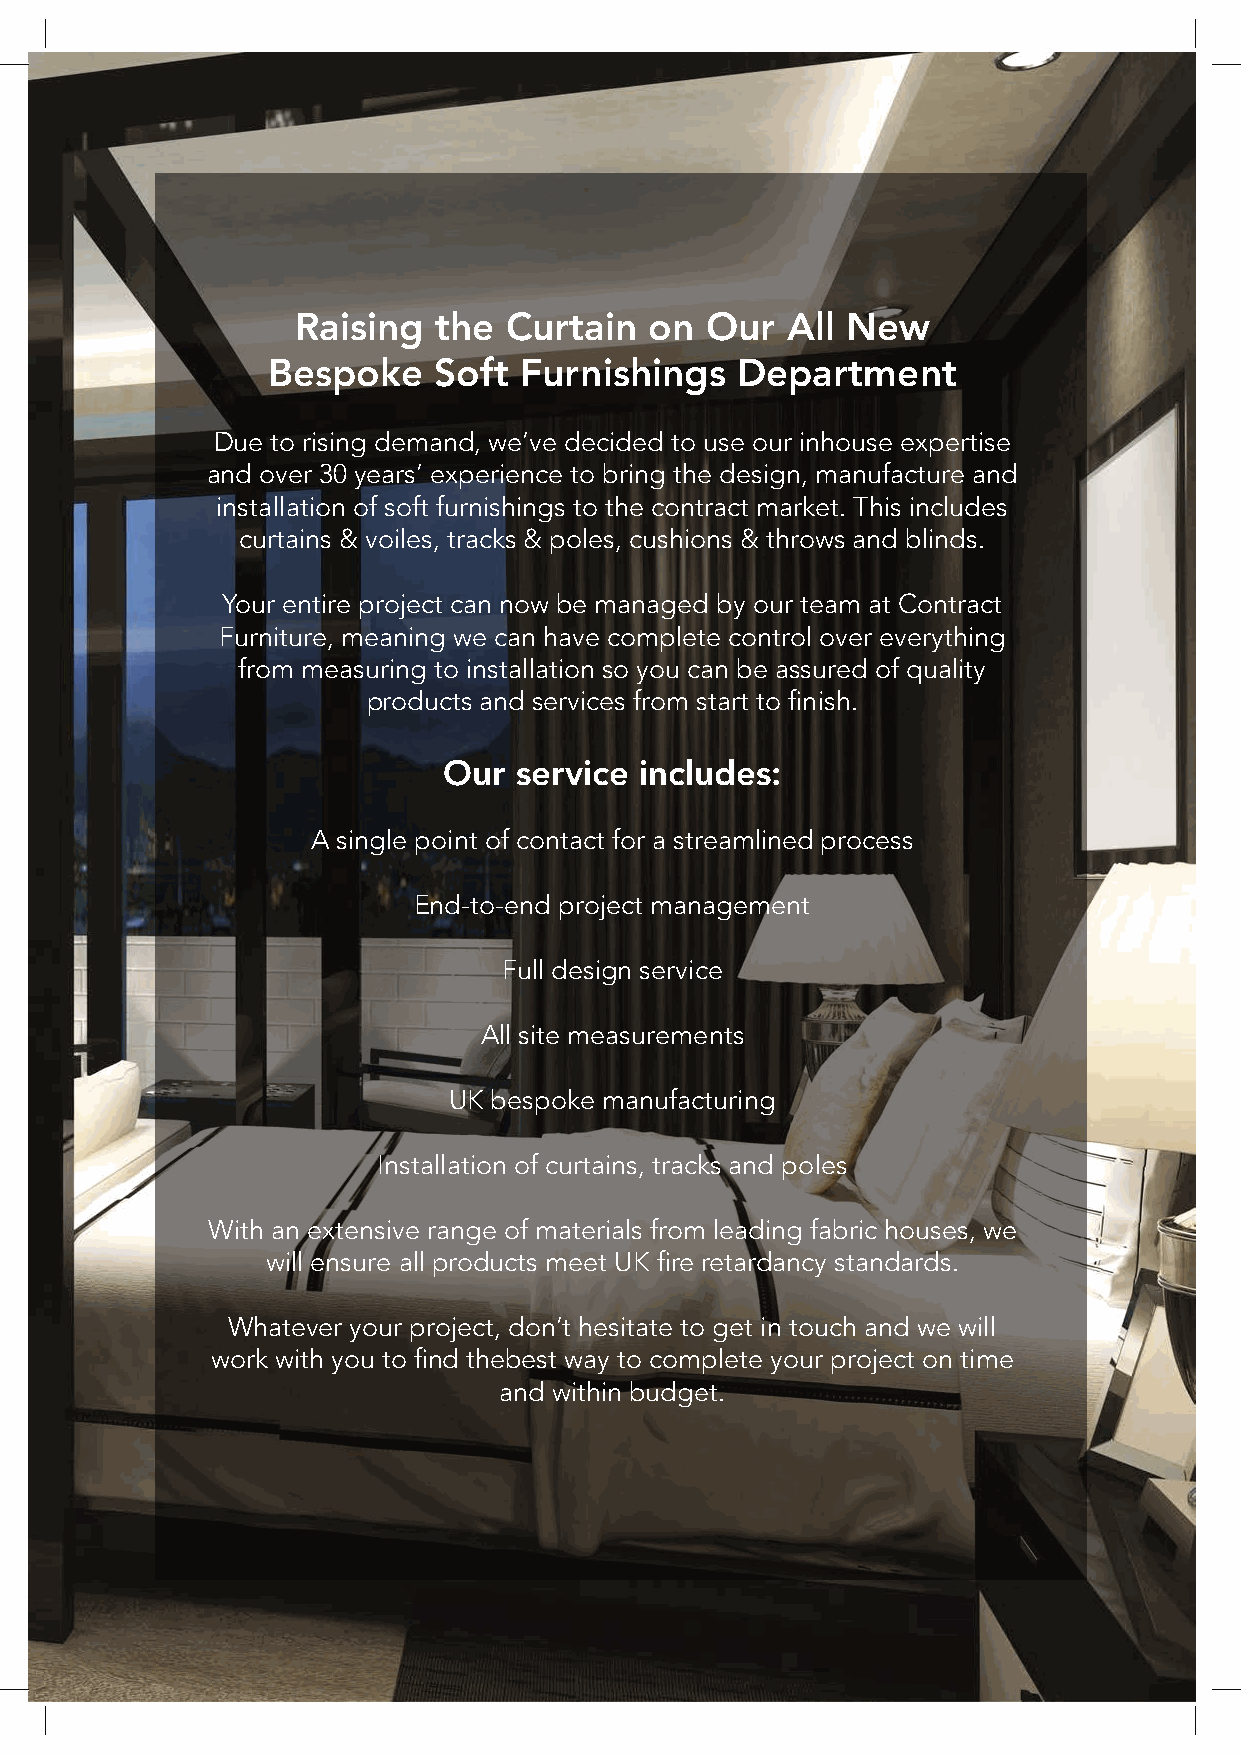
Raising   the Curtain   on  Our  All New
 Bespoke    Soft Furnishings    Department
 Due to rising demand, we’ve decided to use our inhouse expertise
 and over 30 years’ experience to bring the design, manufacture and
 installation of soft furnishings to the contract market. This includes
 curtains & voiles, tracks & poles, cushions & throws and blinds.
 Your entire project can now be managed by our team at Contract
 Furniture, meaning we can have complete control over everything
 from measuring to installation so you can be assured of quality
 products and services from start to finish.
 Our  service includes:
 A single point of contact for a streamlined process
 End-to-end project management
 Full design service
 All site measurements
 UK bespoke manufacturing
 Installation of curtains, tracks and poles
 With an extensive range of materials from leading fabric houses, we
 will ensure all products meet UK fire retardancy standards.
 Whatever your project, don’t hesitate to get in touch and we will
 work with you to find thebest way to complete your project on time
 and within budget.